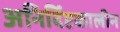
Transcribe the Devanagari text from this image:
अनिर्दिष्टकालीन